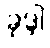
ခုဒ္ဒါ